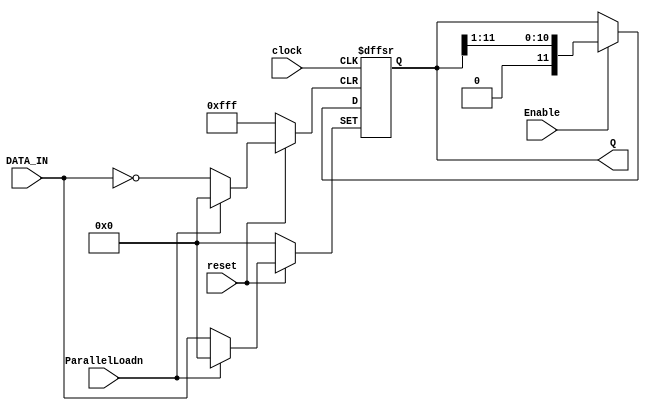
`timescale 1ns/1ns

// rotates bits out one at a time
module rotatingRegister12Bits(ParallelLoadn, clock, reset, Enable, DATA_IN, Q);
									  
	input ParallelLoadn, clock, reset, Enable;
	input[11:0] DATA_IN;
	output reg[11:0] Q;
	
	always @(posedge clock, negedge reset, negedge ParallelLoadn)
		begin
			if (!reset)
				Q <= 0;
			else if (!ParallelLoadn)
				Q <= DATA_IN;
			else if (Enable)
				Q <= {1'b0, Q[11:1]};
		end
endmodule